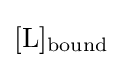
{[\mathrm {L} ]{\vphantom {A}}_{\smash[{t}]{\mathrm {bound} }}}